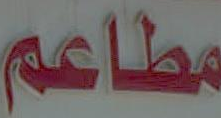
مطاعم